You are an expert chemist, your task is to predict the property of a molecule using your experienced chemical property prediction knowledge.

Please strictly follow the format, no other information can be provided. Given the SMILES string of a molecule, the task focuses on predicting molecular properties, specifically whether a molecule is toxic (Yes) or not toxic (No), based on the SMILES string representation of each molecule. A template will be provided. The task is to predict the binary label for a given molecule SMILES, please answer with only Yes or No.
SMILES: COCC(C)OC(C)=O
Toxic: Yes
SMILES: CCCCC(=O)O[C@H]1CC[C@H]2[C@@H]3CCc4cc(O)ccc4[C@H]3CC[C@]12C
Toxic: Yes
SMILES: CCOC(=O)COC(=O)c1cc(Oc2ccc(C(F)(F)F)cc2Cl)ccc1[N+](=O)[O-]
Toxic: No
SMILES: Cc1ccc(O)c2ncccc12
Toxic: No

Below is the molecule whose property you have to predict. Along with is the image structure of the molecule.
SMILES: C[C@H]1c2cccc(O)c2C(=O)C2=C(O)[C@]3(O)C(=O)C(C(N)=O)=C(O)[C@@H](N(C)C)[C@@H]3[C@@H](O)[C@@H]21
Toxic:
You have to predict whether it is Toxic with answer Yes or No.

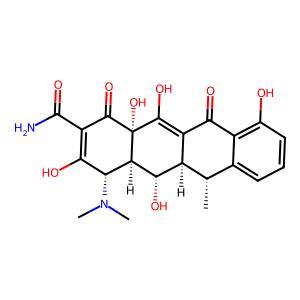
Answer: No